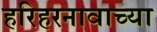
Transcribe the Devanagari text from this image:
हरिहरनावाच्या